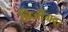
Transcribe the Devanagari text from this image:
बिजींगवर